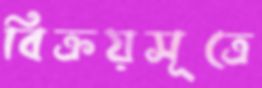
বিক্রয়সূত্রে